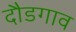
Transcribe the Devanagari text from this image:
दौडगाव